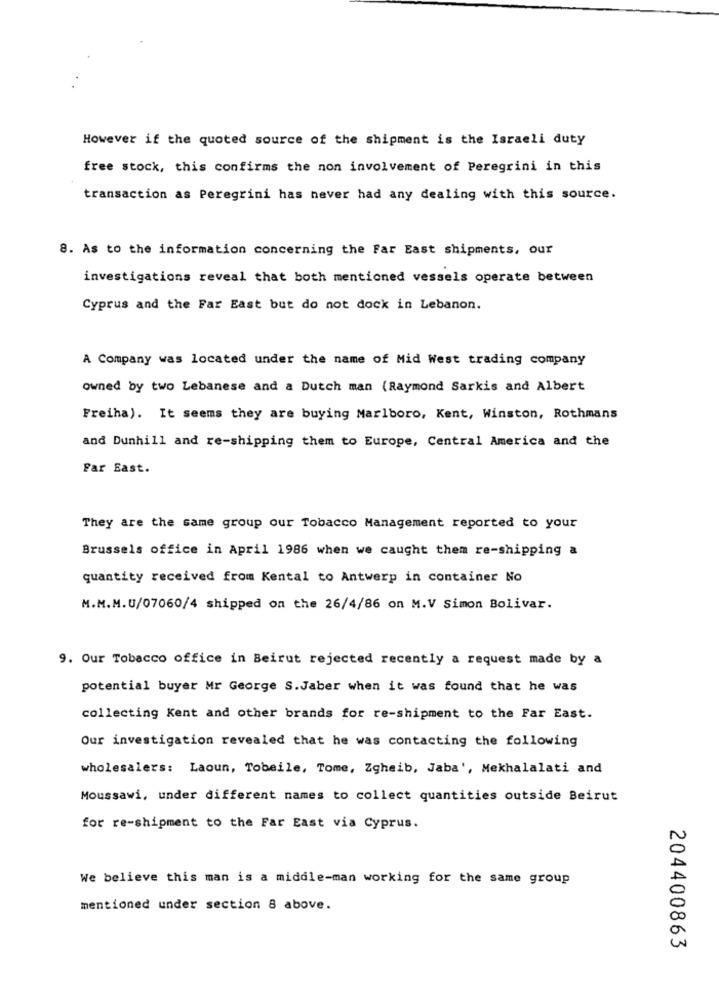
However if the quoted source of the shipment is the Israeli duty
free stock, this confirms the non involvement of Peregrini in this
transaction as Peregrini has never had any dealing with this source.
8. As to the information concerning the Far East shipments, our
investigations reveal that both mentioned vessels operate between
Cyprus and the Far East but do not dock in Lebanon.
A Company was located under the name of Mid West trading company
owned by two Lebanese and a Dutch man (Raymond Sarkis and Albert
Freiha). It seems they are buying Marlboro, Kent, Winston, Rothmans
and Dunhill and re-shipping them to Europe, Central America and the
Far East.
They are the same group our Tobacco Management reported to your
Brussels office in April 1986 when we caught them re-shipping a
quantity received from Kental to Antwerp in container No
M.M.M.U/07060/4 shipped on the 26/4/86 on M.V Simon Bolivar.
9. Our Tobacco office in Beirut rejected recently a request made by a
potential buyer Mr George S.Jaber when it was found that he was
collecting Kent and other brands for re-shipment to the Far East.
Our investigation revealed that he was contacting the following
wholesalers: Laoun, Tobeile, Tome, Zgheib, Jaba', Mekhalalati and
Moussawi, under different names to collect quantities outside Beirut
for re-shipment to the Far East via Cyprus.
We believe this man is a middle-man working for the same group
mentioned under section 8 above.
204400863